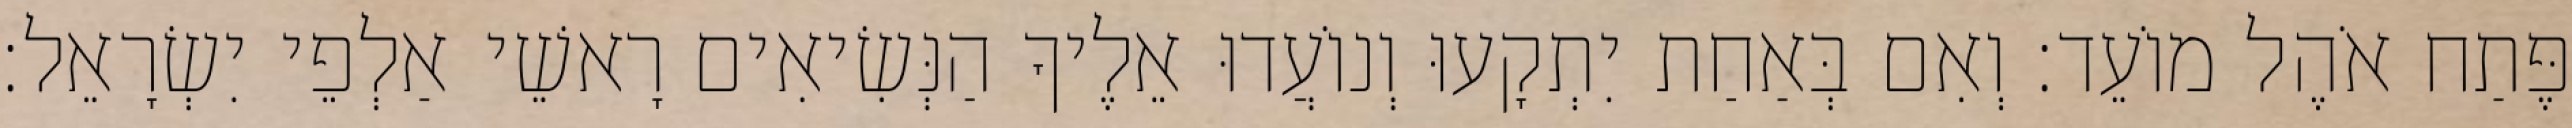
פֶּתַח אֹהֶל מוֹעֵד׃ וְאִם בְּאַחַת יִתְקָעוּ וְנוֹעֲדוּ אֵלֶיךָ הַנְּשִׂיאִים רָאשֵׁי אַלְפֵי יִשְׂרָאֵל׃